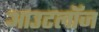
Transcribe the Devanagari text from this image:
आउटलॉज